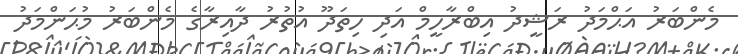
މެންބަރު އަޙްމަދު ރަޝީދު އިބްރާހީމް އަދި ހިތަދޫ އުތުރު ދާއިރާގެ މެންބަރު މުޙަންމަދު